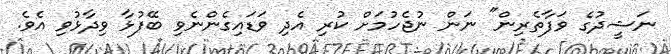
ނަޝީދުގެ ވަފާތެރިން" ނަން ނުޖެހުމަށް ކުރި އެދި ވަޑައިގެންނެވި ބޭފުޅާ ވިދާޅުވި އެވެ.